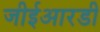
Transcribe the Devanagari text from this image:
जीईआरडी